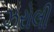
ઝરોલી